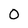
Character: O